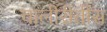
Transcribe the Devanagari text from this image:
चालीरीतींस